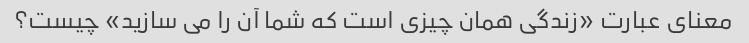
معنای عبارت «زندگی همان چیزی است که شما آن را می سازید» چیست؟